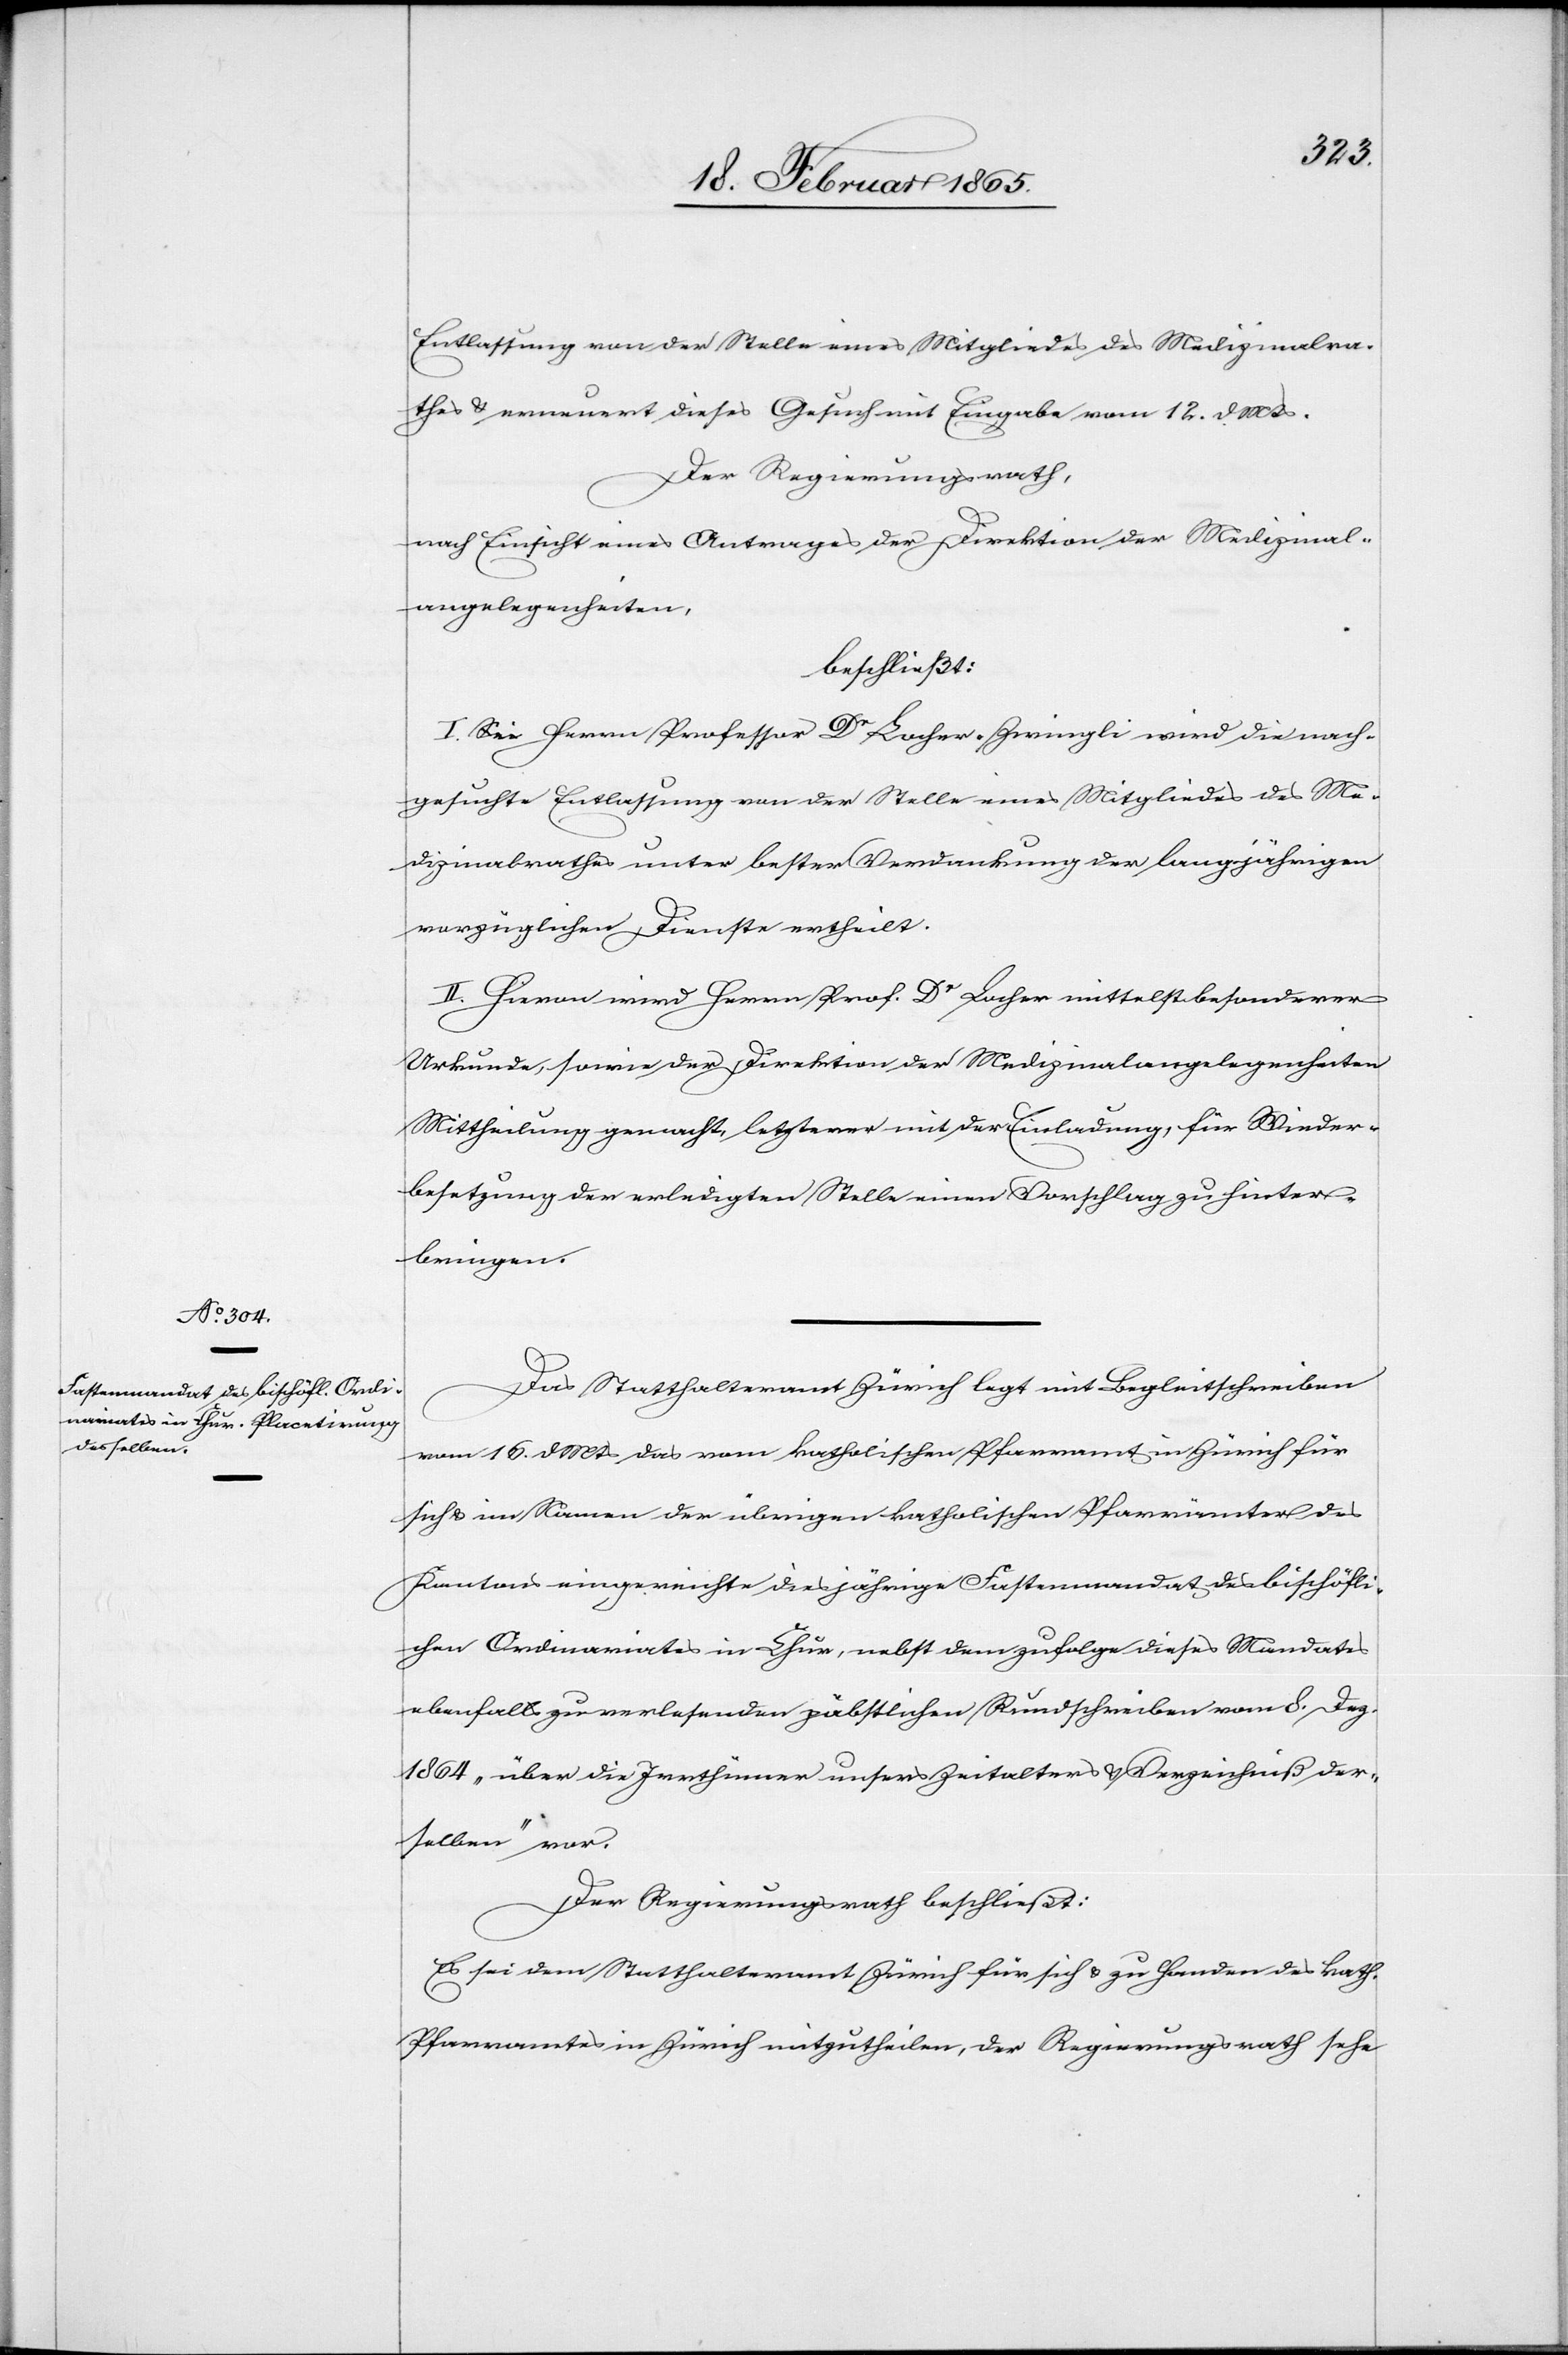
Entlassung von der Stelle eines Mitgliedes des Medizinalra¬
thes u. erneuert dieses Gesuch mit Eingabe vom 12. d Mts.
Der Regierungsrath,
nach Einsicht eines Antrages der Direktion der Medizinal¬
angelegenheiten,
beschließt:
I. Sei Herrn Professor Dr Locher-Zwingli wird [sic!] die nach¬
gesuchte Entlassung von der Stelle eines Mitgliedes des Me¬
dizinalrathes unter bester Verdankung der langjährigen
vorzüglichen Dienste ertheilt.
II. Hievon wird Herrn Prof. Dr Locher mittelst besonderer
Urkunde, sowie der Direktion der Medizinalangelegenheiten
Mittheilung gemacht, letzterer mit der Einladung, für Wieder¬
besetzung der erledigten Stelle einen Vorschlag zu hinter¬
ringen.
Das Statthalteramt Zürich legt mit Begleitschreiben
vom 16. d Mts das vom katholischen Pfarramt in Zürich für
sich u. im Namen der übrigen katholischen Pfarrämter des
Kantons eingereichte diesjährige Fastenmandat des bischöfli¬
chen Ordinariates in Chur, nebst demzufolge dieses Mandates
ebenfalls zu verlesenden päbstlichen Rundschreiben vom 8. Dez.
1864 „über die Irrthümer unsers Zeitalters u. Verzeichniß der¬
selben“ vor.
Der Regierungsrath beschließt:
Es sei dem Statthalteramt Zürich für sich u. zu Handen des kath.
Pfarramtes in Zürich mitzutheilen, der Regierungsrath sehe